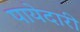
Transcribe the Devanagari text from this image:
पायेदारी